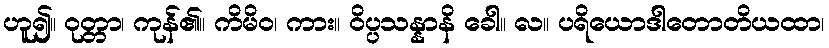
ဟူ၍။ ဝုတ္တာ၊ ကုန်၏။ ကိမိဝ၊ ကား။ ဝိပ္ပသန္နာနိ ခေါ။ လ။ ပရိယောဒါတောတိယထာ၊